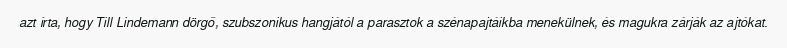
azt írta, hogy Till Lindemann dörgő, szubszonikus hangjától a parasztok a szénapajtáikba menekülnek, és magukra zárják az ajtókat.